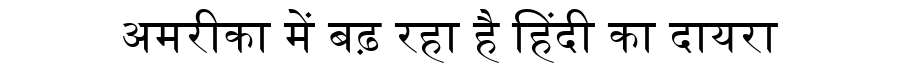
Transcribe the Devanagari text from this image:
अमरीका में बढ़ रहा है हिंदी का दायरा